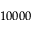
1 0 0 0 0